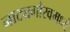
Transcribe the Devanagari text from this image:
नाट्यगौरवमध्ये